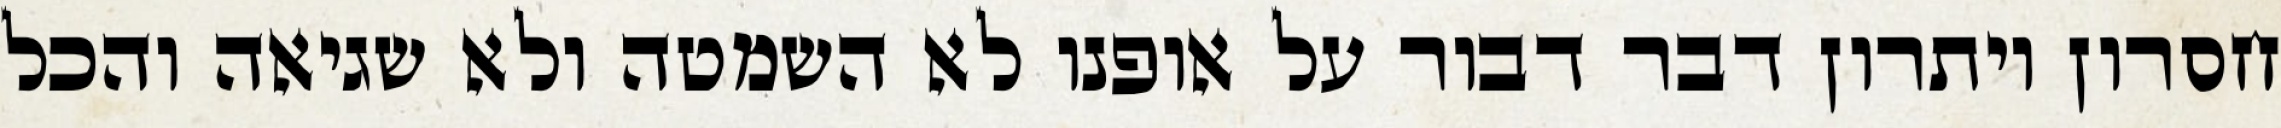
חסרון ויתרון דבר דבור על אופנו לא השמטה ולא שגיאה והכל